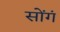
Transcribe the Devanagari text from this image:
सोंगं